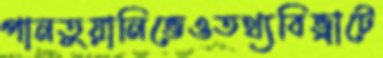
পানতুয়ানিভেওতথ্যবিভ্রাটে